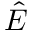
\hat { E }